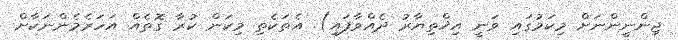
ޖިންނީންނަށް މިކަމުގައި ވަނީ އިޚްތިޔާރު ދެއްވާފައި). އެތަކެތި މިކަން ކުރާ ގޮތެއް އަހަރެމެންނަކާށް